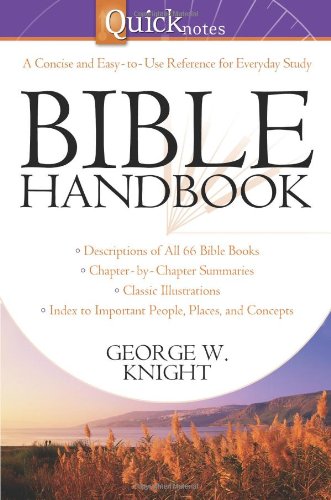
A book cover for Quicknotes Bible Handbook (QuickNotes Commentaries); George W. Knight; Christian Books & Bibles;